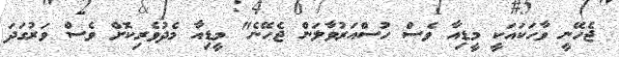
ޖެހޭނީ ވާހަކައަކީ މީޑިއާ ވެސް ހުސްއަރުވާލަން ޖެހޭނެ" މީޑިއާ މެދުވެރިކޮށް ވެސް ވަރުގަދަ